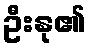
ဦးနု၏